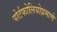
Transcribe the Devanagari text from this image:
पोर्टफोलियोप्रमाणे